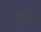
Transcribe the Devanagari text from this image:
क्रुंच